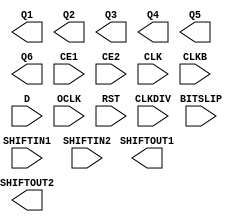
module ISERDES_NODELAY (Q1, Q2, Q3, Q4, Q5, Q6, SHIFTOUT1, SHIFTOUT2,
      BITSLIP, CE1, CE2, CLK, CLKB, CLKDIV, D, OCLK, RST, SHIFTIN1, SHIFTIN2);

    parameter BITSLIP_ENABLE = "FALSE";
    parameter DATA_RATE = "DDR";
    parameter integer DATA_WIDTH = 4;
    parameter INIT_Q1 = 1'b0;
    parameter INIT_Q2 = 1'b0;
    parameter INIT_Q3 = 1'b0;
    parameter INIT_Q4 = 1'b0;
    parameter INTERFACE_TYPE = "MEMORY";
    parameter integer NUM_CE = 2;
    parameter SERDES_MODE = "MASTER";

    output Q1;
    output Q2;
    output Q3;
    output Q4;
    output Q5;
    output Q6;
    output SHIFTOUT1;
    output SHIFTOUT2;

    input BITSLIP;
    input CE1;
    input CE2;
    input CLK;
    input CLKB;
    input CLKDIV;
    input D;
    input OCLK;
    input RST;
    input SHIFTIN1;
    input SHIFTIN2;
    
endmodule